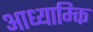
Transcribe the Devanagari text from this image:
आध्याम्कि